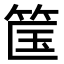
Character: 筺